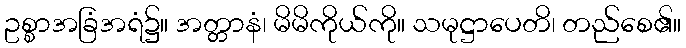
ဥစ္စာအခြံအရံ၌။ အတ္တာနံ၊ မိမိကိုယ်ကို။ သမုဋ္ဌာပေတိ၊ တည်စေ၏။